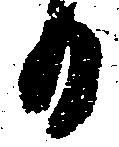
日